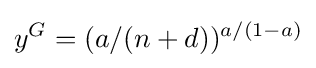
y^{G}=(a/(n+d))^{a/(1-a)}